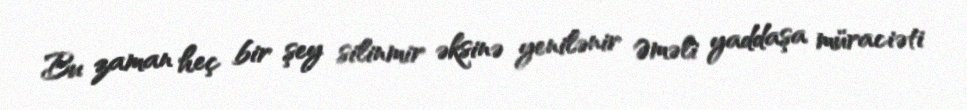
Bu zaman heç bir şey silinmir əksinə yenilənir Əməli yaddaşa müraciəti